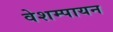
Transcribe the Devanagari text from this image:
वेशम्पायन